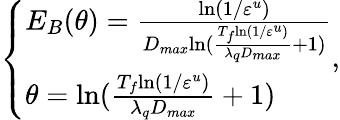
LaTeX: \left\{ \begin{array}{ll}{E_{B}(\theta)=\frac{\mathrm{ln}(1/\varepsilon^{u})}{D_{max}{\mathrm{ln}(\frac{T_{f}\mathrm{ln}(1/\varepsilon^{u})}{\lambda_{q}D_{max}}+1)}}}\\ {\theta=\mathrm{ln}(\frac{T_{f}{\mathrm{ln}(1/\varepsilon^{u})}}{\lambda_{q}D_{max}}+1)}\end{array}\right.,